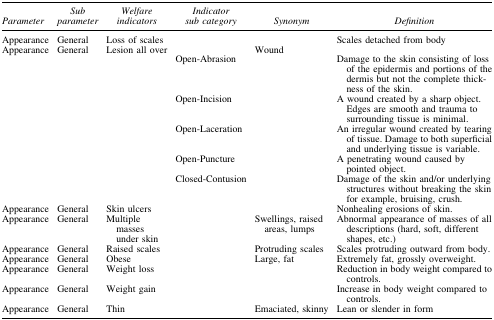
| Parameter | Sub parameter | Welfare indicators | Indicator sub category | Synonym | Definition |
 | --- | --- | --- | --- | --- | --- |
 | Appearance | General | Loss of scales |  |  | Scales detached from body |
 | Appearance | General | Lesion all over |  | Wound |  |
 |  |  |  | Open-Abrasion |  | Damage to the skin consisting of loss of the epidermis and portions of the dermis but not the complete thickness of the skin. |
 |  |  |  | Open-Incision |  | A wound created by a sharp object. Edges are smooth and trauma to surrounding tissue is minimal. |
 |  |  |  | Open-Laceration |  | An irregular wound created by tearing of tissue. Damage to both superficial and underlying tissue is variable. |
 |  |  |  | Open-Puncture |  | A penetrating wound caused by pointed object. |
 |  |  |  | Closed-Contusion |  | Damage of the skin and/or underlying structures without breaking the skin for example, bruising, crush. |
 | Appearance | General | Skin ulcers |  |  | Nonhealing erosions of skin. |
 | Appearance | General | Multiple masses under skin |  | Swellings, raised areas, lumps | Abnormal appearance of masses of all descriptions (hard, soft, different shapes, etc.) |
 | Appearance | General | Raised scales |  | Protruding scales | Scales protruding outward from body. |
 | Appearance | General | Obese |  | Large, fat | Extremely fat, grossly overweight. |
 | Appearance | General | Weight loss |  |  | Reduction in body weight compared to controls. |
 | Appearance | General | Weight gain |  |  | Increase in body weight compared to controls. |
 | Appearance | General | Thin |  | Emaciated, skinny | Lean or slender in form |